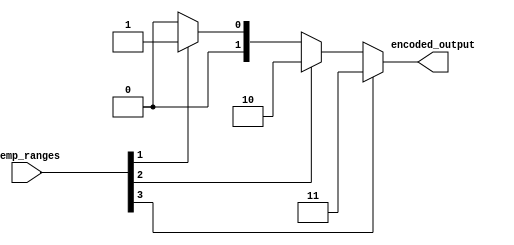
module thermal_encoder (
    input wire [3:0] temp_ranges, // 4-bit input representing active temperature ranges
    output reg [1:0] encoded_output // 2-bit output encoding the active range
);

    always @(*) begin
        // Default output
        encoded_output = 2'b00; // Default value when no input is active
        
        // Priority encoding logic
        if (temp_ranges[3] == 1'b1) begin
            encoded_output = 2'b11; // 76-100C
        end else if (temp_ranges[2] == 1'b1) begin
            encoded_output = 2'b10; // 51-75C
        end else if (temp_ranges[1] == 1'b1) begin
            encoded_output = 2'b01; // 26-50C
        end else if (temp_ranges[0] == 1'b1) begin
            encoded_output = 2'b00; // 0-25C
        end
    end

endmodule